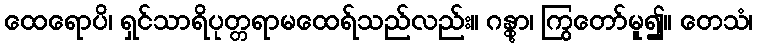
ထေရောပိ၊ ရှင်သာရိပုတ္တရာမထေရ်သည်လည်း။ ဂန္တွာ၊ ကြွတော်မူ၍။ တေသံ၊